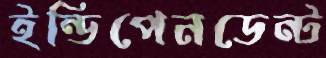
ইন্ডিপেনডেন্ট